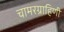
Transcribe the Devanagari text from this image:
चामरग्राहिणी